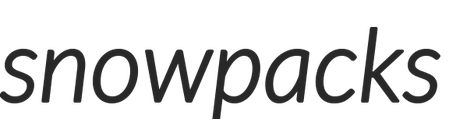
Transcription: snowpacks